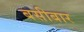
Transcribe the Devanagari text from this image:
बसीबार